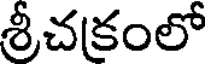
శ్రీచకంలో